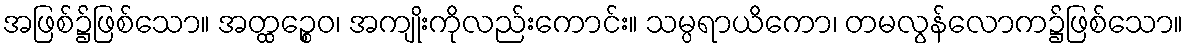
အဖြစ်၌ဖြစ်သော။ အတ္ထဉ္စေဝ၊ အကျိုးကိုလည်းကောင်း။ သမ္ပရာယိကော၊ တမလွန်လောက၌ဖြစ်သော။